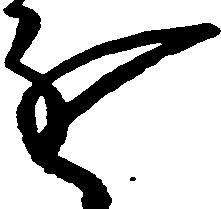
進